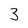
Character: 3